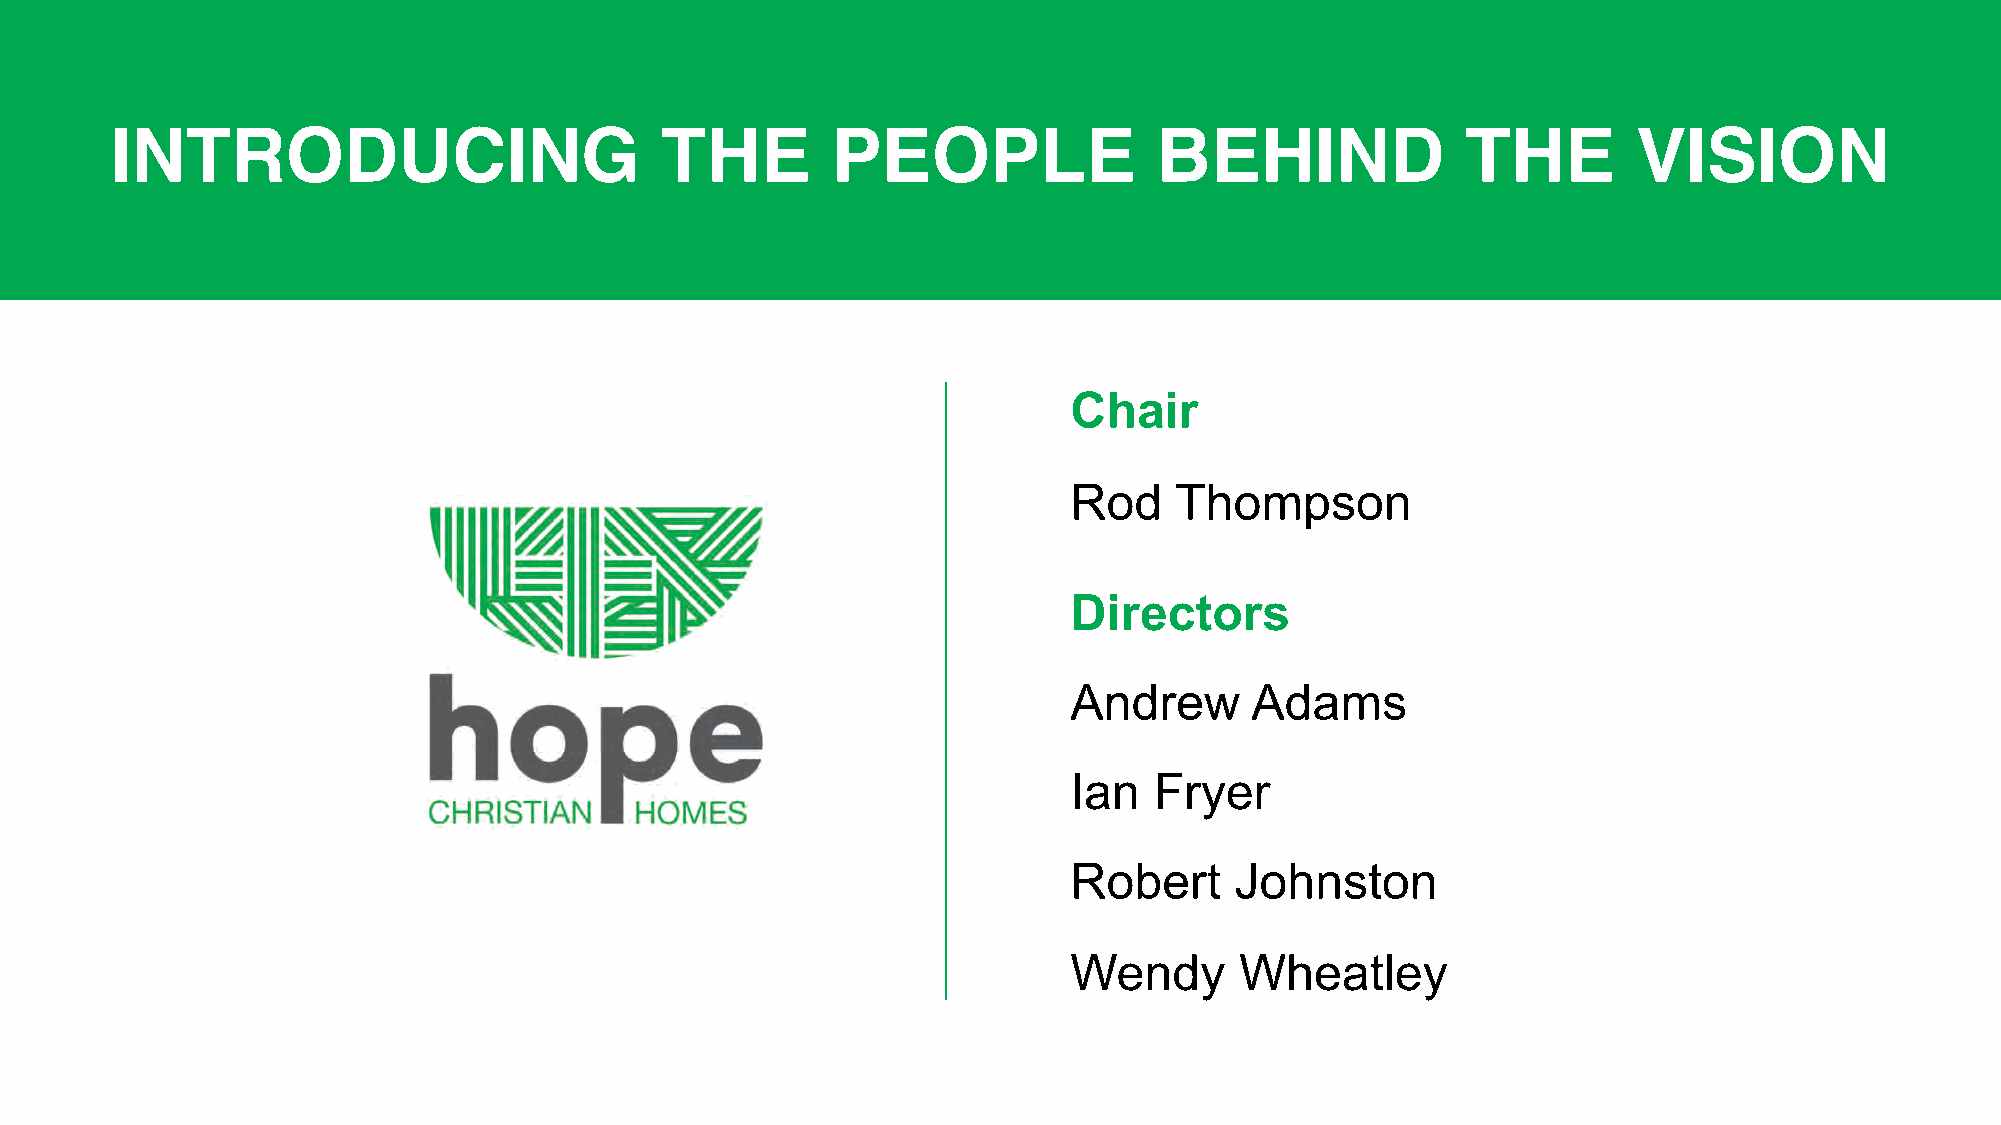
INTRODUCING                          THE        PEOPLE                BEHIND              THE        VISION
 Chair
 Rod    Thompson
 Directors
 Andrew      Adams
 Ian  Fryer
 Robert     Johnston
 Wendy      Wheatley